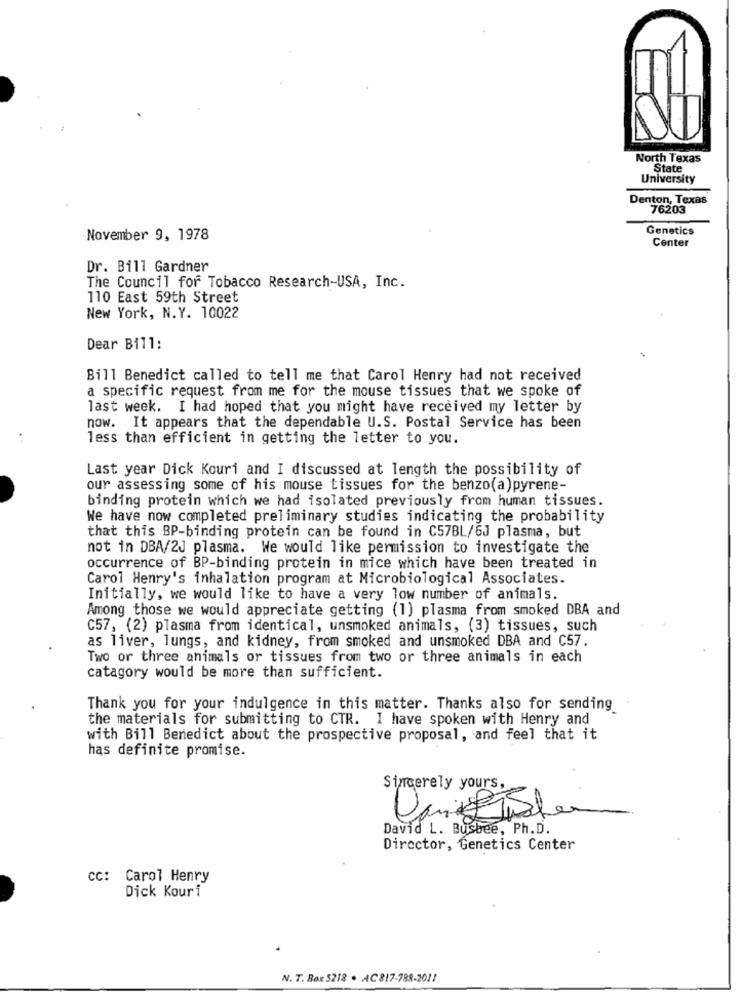
North Texas
State
University
Denton, Texas
76203
Genetics
November 9, 1978
Center
Dr. Bill Gardner
The Council for Tobacco Research-USA, Inc.
110 East 59th Street
New York, N.Y. 10022
Dear Bill:
Bill Benedict called to tell me that Carol Henry had not received
a specific request from me for the mouse tissues that we spoke of
last week. I had hoped that you might have received my letter by
now. It appears that the dependable U.S. Postal Service has been
less than efficient in getting the letter to you.
Last year Dick Kouri and I discussed at length the possibility of
our assessing some of his mouse tissues for the benzo(a)pyrene-
binding protein which we had isolated previously from human tissues.
We have now completed preliminary studies indicating the probability
that this BP-binding protein can be found in C57BL/6J plasma, but
not in DBA/2J plasma. We would like permission to investigate the
occurrence of BP-binding protein in mice which have been treated in
Carol Henry's inhalation program at Microbiological Associates.
Initially, we would like to have a very low number of animals.
Among those we would appreciate getting (1) plasma from smoked DBA and
C57, (2) plasma from identical, unsmoked animals, (3) tissues, such
as liver, lungs, and kidney, from smoked and unsmoked DBA and C57.
Two or three animals or tissues from two or three animals in each
catagory would be more than sufficient.
Thank you for your indulgence in this matter. Thanks also for sending
the materials for submitting to CTR. I have spoken with Henry and
with Bill Benedict about the prospective proposal, and feel that it
has definite promise.
Sincerely yours,
David L. Busbee, Ph.D.
Director, Genetics Center
cc: Carol Henry
Dick Kouri
N. T. Box 5218 . AC 817-788-2011